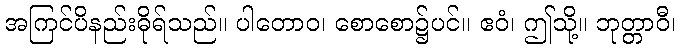
အကြင်ပိနည်းဓိုရ်သည်။ ပါတောဝ၊ စောစော၌ပင်။ ဧဝံ၊ ဤသို့။ ဘုတ္တာဝီ၊